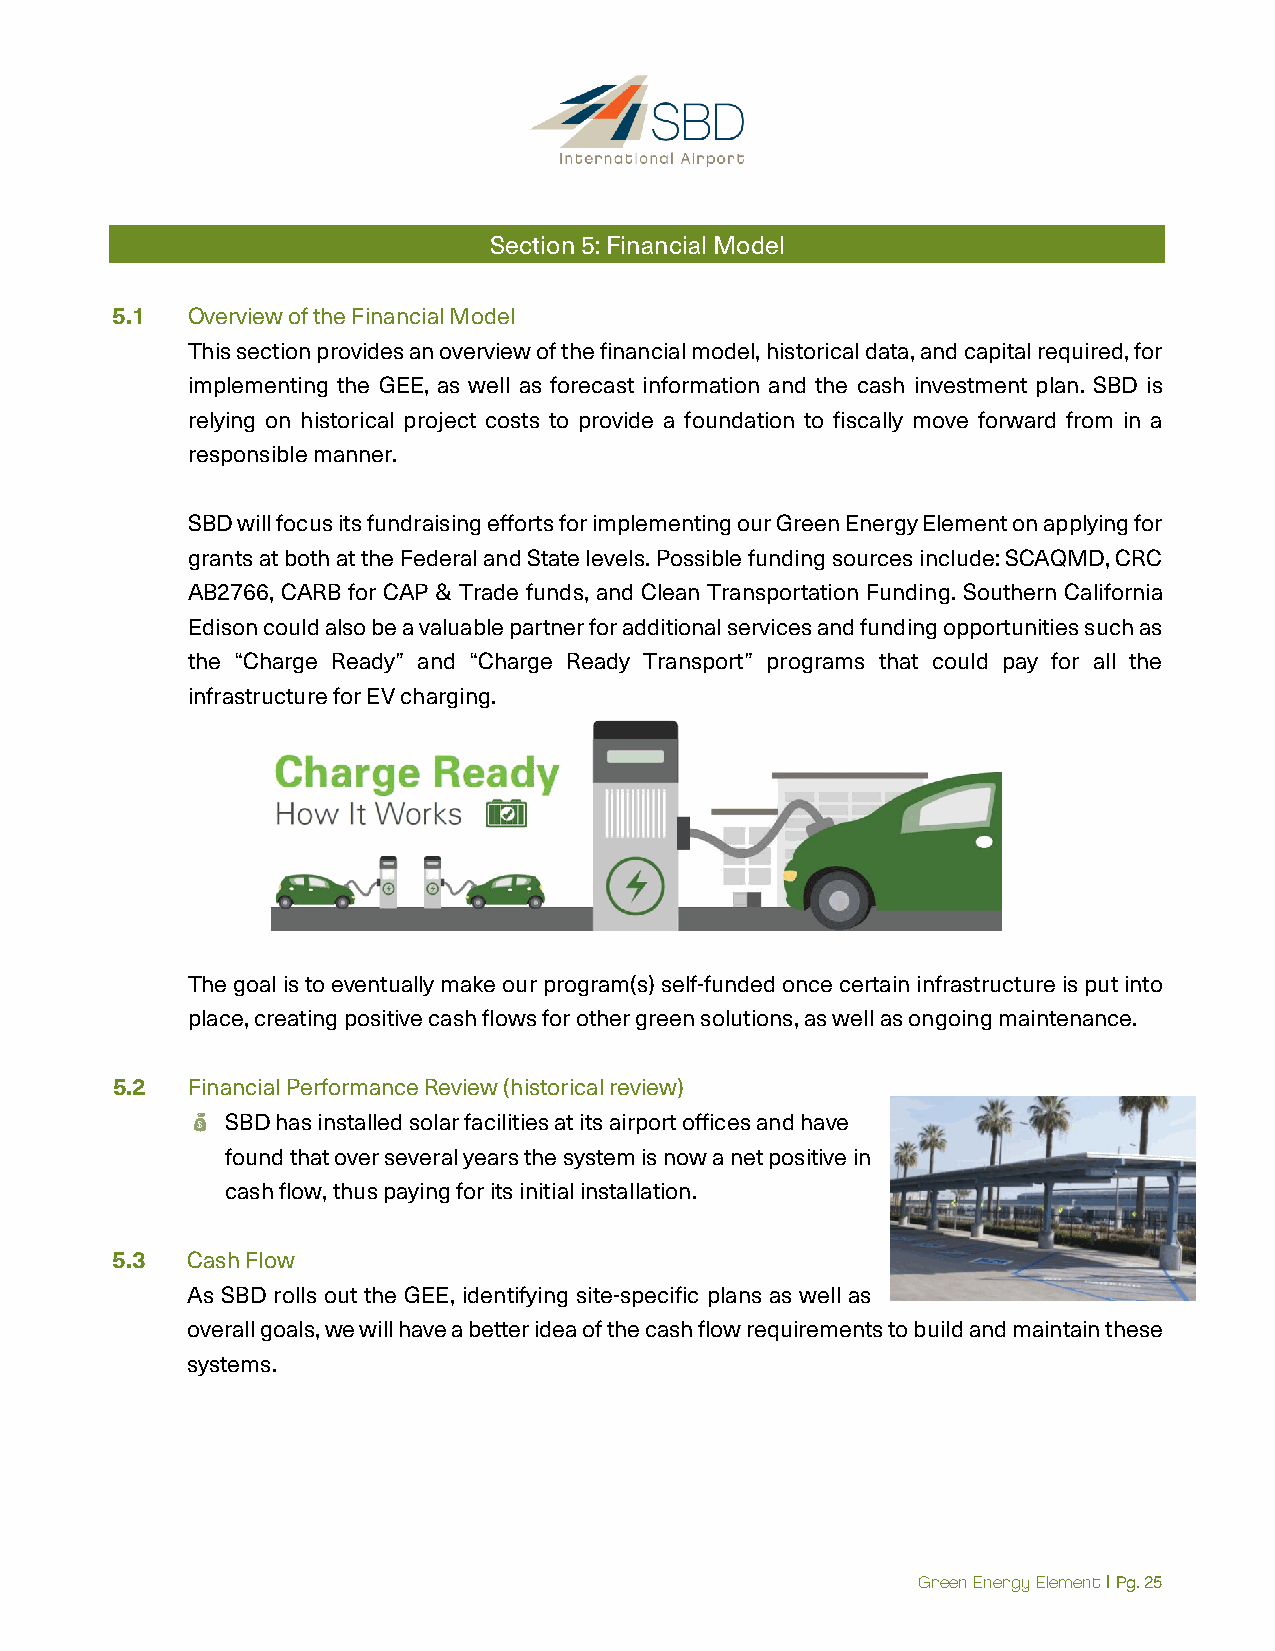
Section 5: Financial Model
 5.1  Overview of the Financial Model
 This section provides an overview of the financial model, historical data, and capital required, for
 implementing the GEE, as well as forecast information and the cash investment plan. SBD is
 relying on historical project costs to provide a foundation to fiscally move forward from in a
 responsible manner.
 SBD will focus its fundraising efforts for implementing our Green Energy Element on applying for
 grants at both at the Federal and State levels. Possible funding sources include: SCAQMD, CRC
 AB2766, CARB for CAP & Trade funds, and Clean Transportation Funding. Southern California
 Edison could also be a valuable partner for additional services and funding opportunities such as
 the “Charge Ready” and “Charge Ready Transport” programs that could pay for all the
 infrastructure for EV charging.
 The goal is to eventually make our program(s) self-funded once certain infrastructure is put into
 place, creating positive cash flows for other green solutions, as well as ongoing maintenance.
 5.2  Financial Performance Review (historical review)
   SBD has installed solar facilities at its airport offices and have
 found that over several years the system is now a net positive in
 cash flow, thus paying for its initial installation.
 5.3  Cash Flow
 As SBD rolls out the GEE, identifying site-specific plans as well as
 overall goals, we will have a better idea of the cash flow requirements to build and maintain these
 systems.
 Green Energy Element | Pg. 25